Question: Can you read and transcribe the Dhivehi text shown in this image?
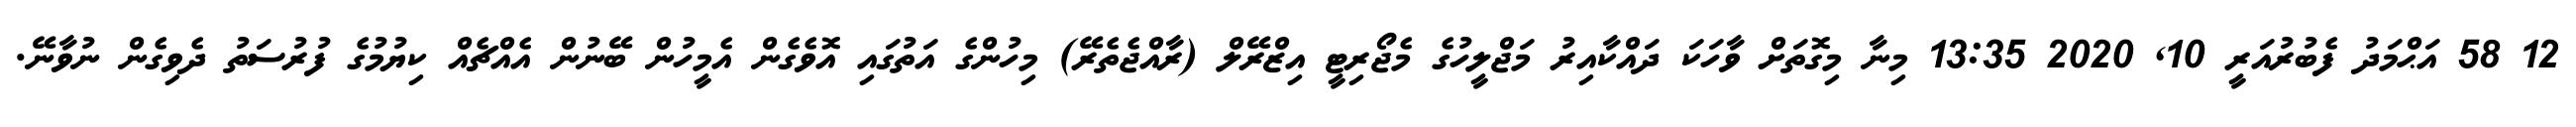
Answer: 12 58 އަޙްމަދު ފެބުރުއަރީ 10, 2020 13:35 މިނާ މިގޮތަށް ވާހަކަ ދައްކާއިރު މަޖްލީހުގެ މެޖޯރިޓީ އިޒްރޭލް (ރާއްޖެތެރޭ) މިހުންގެ އަތުގައި އޮވެގެން އެމީހުން ބޭނުން އެއްޗެއް ކިޔުމުގެ ފުރުސަތު ދެވިގެން ނުވާނޭ.